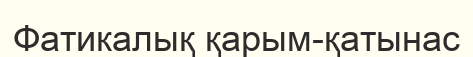
Фатикалық қарым-қатынас